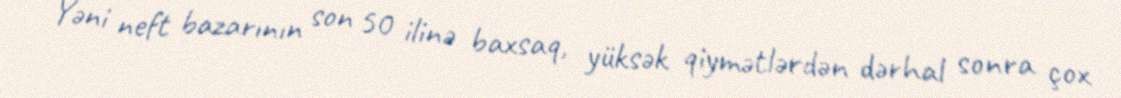
Yəni neft bazarının son 50 ilinə baxsaq, yüksək qiymətlərdən dərhal sonra çox